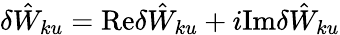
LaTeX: \delta{\hat{W}}_{ku}=\mathrm{Re}\delta{\hat{W}}_{ku}+i\mathrm{Im}\delta{\hat{W}}_{ku}